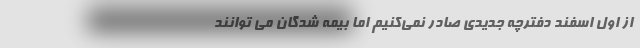
از اول اسفند دفترچه جدیدی صادر نمی‌کنیم اما بیمه شدگان می توانند